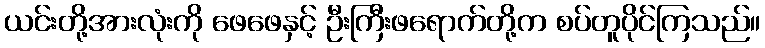
ယင်းတို့အားလုံးကို ဖေဖေနှင့် ဦးကြီးဖရောက်တို့က စပ်တူပိုင်ကြသည်။